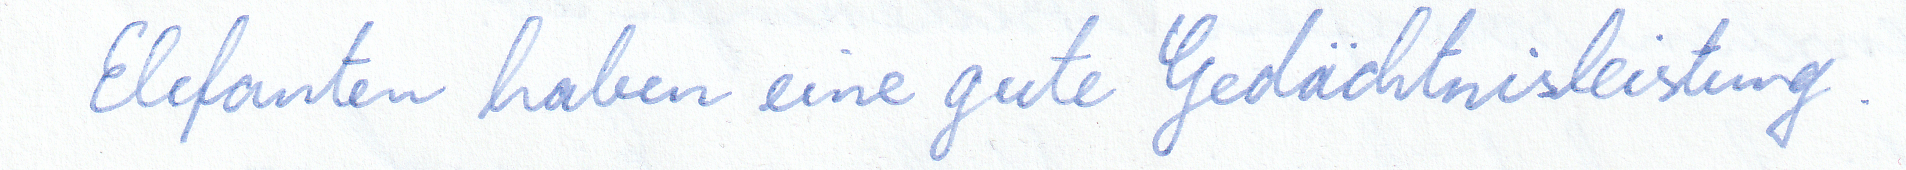
Elefanten haben eine gute Gedächtnisleistung.